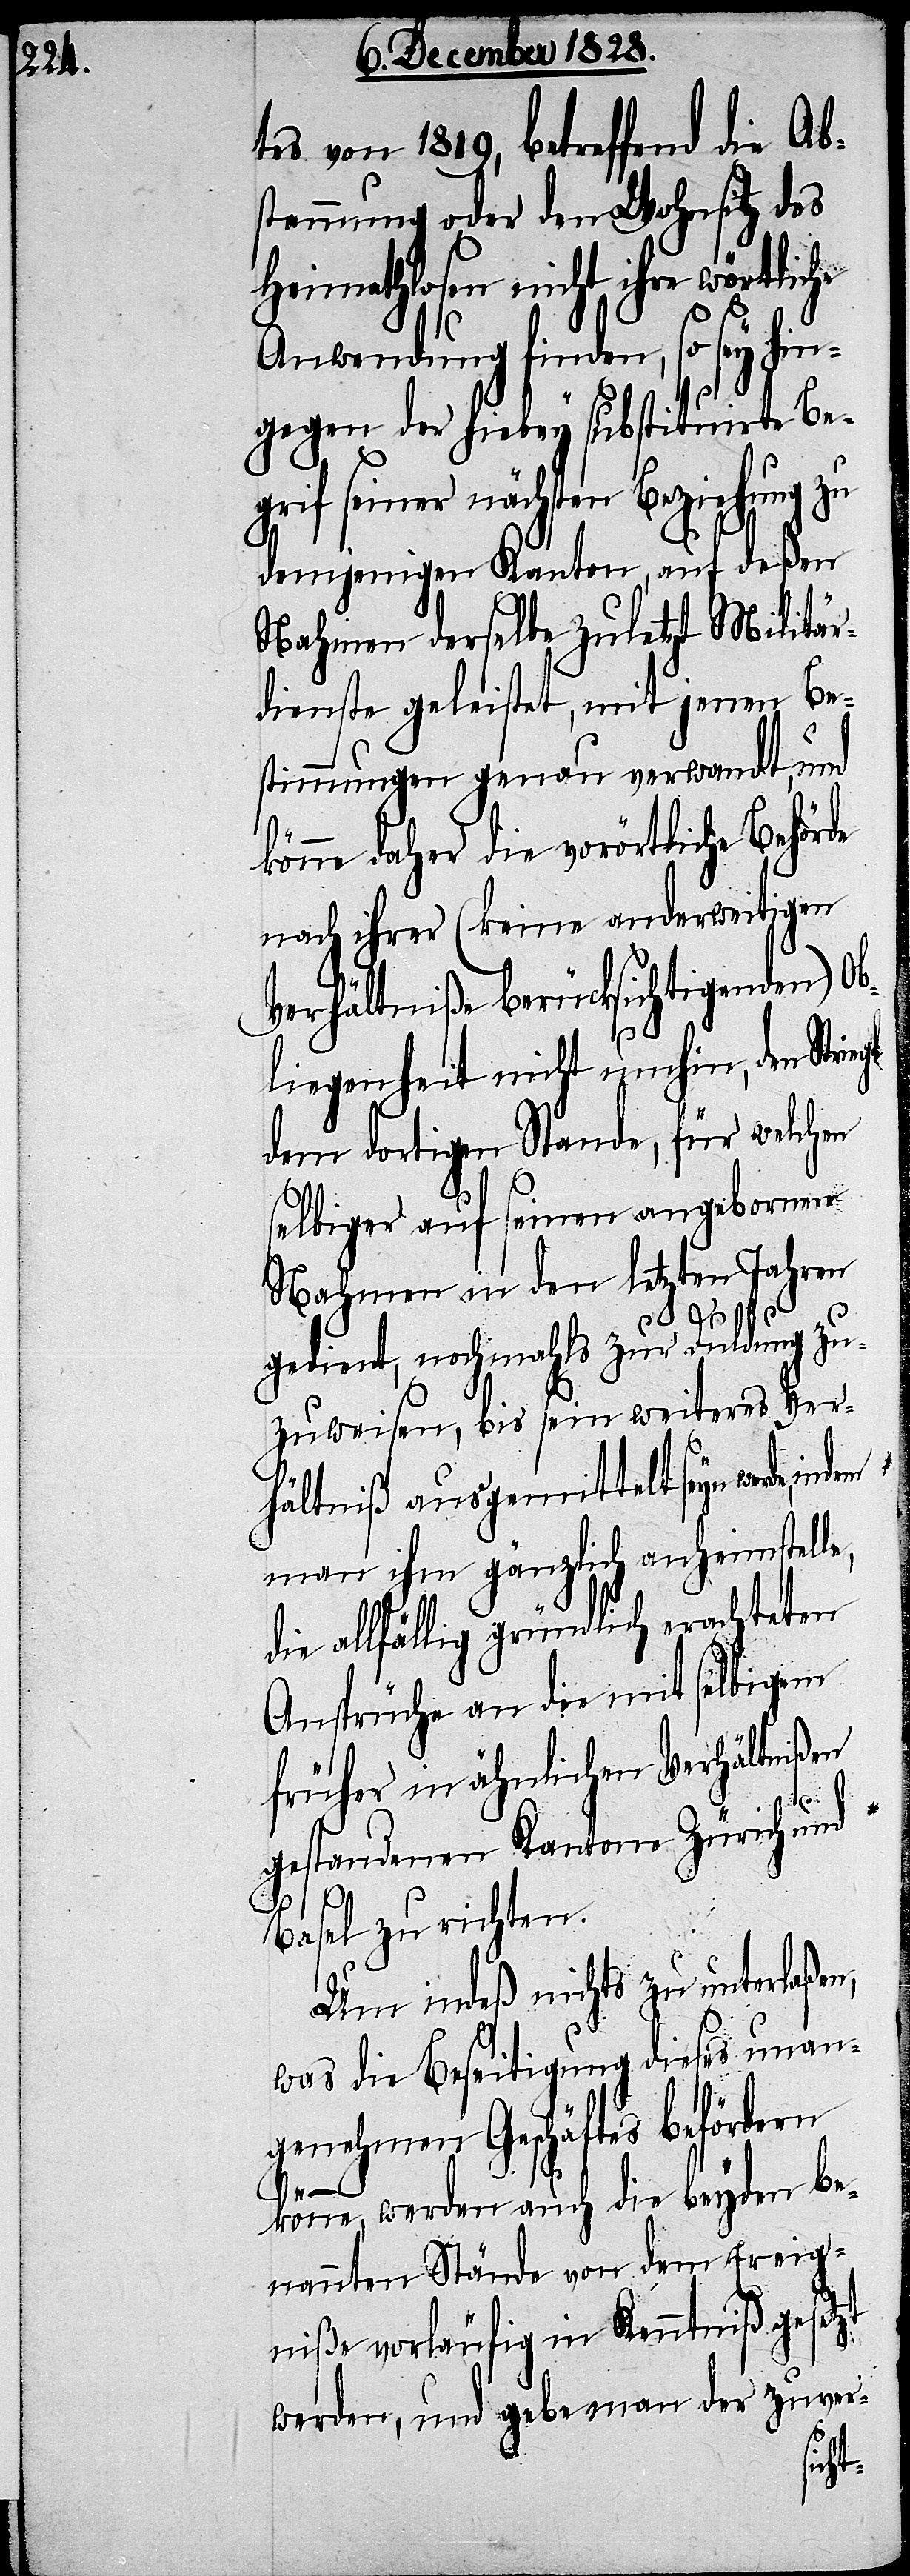
tes von 1819, betreffend die Ab¬
stammung oder den Wohnsitz des
Heimathlosen nicht ihre wörtli¬
Anwendung finden, so sey hin¬
gegen der hiebey substituirte Be¬
grif seiner nächsten Beziehung zu
demjenigen Kanton, auf deßen
Nahmen derselbe zuletzt Militär¬
dienste geleistet, mit jenen Be¬
stimmungen genau verwandt, und
könne daher die vorörtliche Behörde
nach ihrer (keine anderweitigen
Verhältniße berücksichtigenden) Ob¬
liegenheit nicht umhin, den Stri¬
dem dortigen Stande, für welchen
selbiger auf seinen angebornen
Nahmen in den letzten Jahren
gedient, nochmahls zur Duldung zu¬
zuweisen, bis sein weiteres Ver¬
hältniß ausgemittelt seyn werde,
man ihm gänzlich anheimstelle,
die allfällig gründlich erachteten
Ansprüche an die mit selbigem
früher in ähnlichen Verhältnißen
gestandenen Kantone Zürich und
Basel zu richten.
Um indeß nichts zu unterlaßen,
was die Beseitigung dieses unan¬
genehmen Geschäftes befördern
egl
könne, werden auch die beyden be¬
nannten Stände von dem Ereig¬
niße vorläufig in Kenntniß gesetzt
werden, und gebe man der zuver-
che